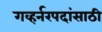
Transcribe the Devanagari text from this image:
गव्हर्नरपदांसाठी